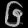
Digit: ၆